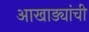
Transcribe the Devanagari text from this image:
आखाड्यांची